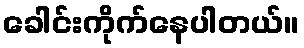
ခေါင်းကိုက်နေပါတယ်။